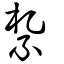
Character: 紮